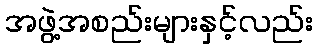
အဖွဲ့အစည်းများနှင့်လည်း